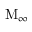
\mathrm { M } _ { \infty }